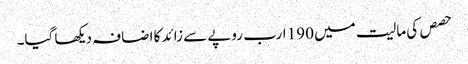
حصص کی مالیت میں 190 ارب روپے سے زائد کا اضافہ دیکھا گیا۔